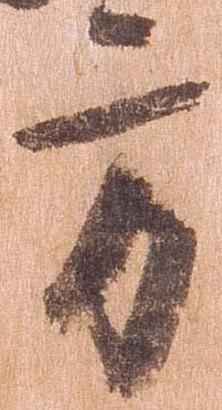
方